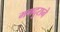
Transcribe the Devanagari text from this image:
मगदुराने